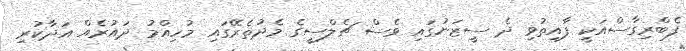
ފެބްރިގާސްއަކީ ފާއިތުވި ދެ ސީޒަނުގައި ވެސް ޗެލްސީގެ މެދުތެރޭގައި މުހިއްމު ދައުރެއް އަދާކުރި